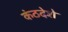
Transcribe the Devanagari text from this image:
कंठदेशे